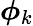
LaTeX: \boldsymbol{\phi}_{k}